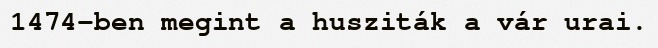
1474-ben megint a husziták a vár urai.